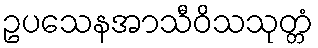
ဥပသေနအာသီဝိသသုတ္တံ